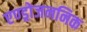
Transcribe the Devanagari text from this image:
एण्ड्रोजननिक